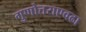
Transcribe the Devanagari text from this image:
गुणोत्तराएवढा